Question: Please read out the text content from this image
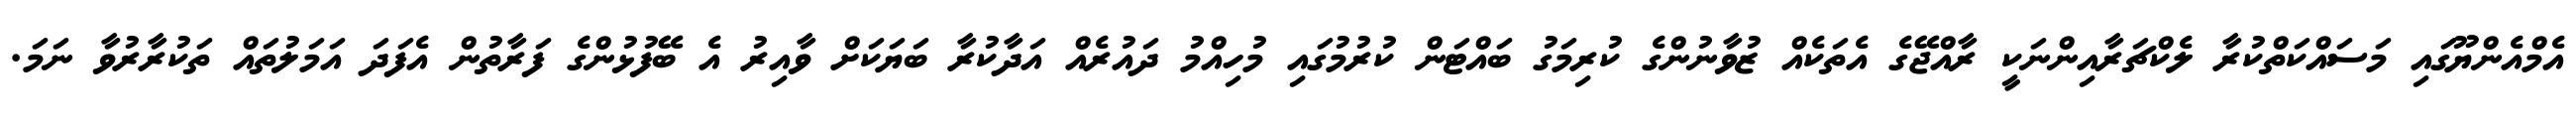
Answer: އެމްއެންޔޫގައި މަސައްކަތްކުރާ ލެކްޗަރާއިންނަކީ ރާއްޖޭގެ އެތަކެއް ޒުވާނުންގެ ކުރިމަގު ބައްޓަން ކުރުމުގައި މުހިއްމު ދައުރެއް އަދާކުރާ ބަޔަކަށް ވާއިރު އެ ބޭފުޅުންގެ ފަރާތުން އެފަދަ އަމަލުތައް ތަކުރާރުވާ ނަމަ.